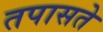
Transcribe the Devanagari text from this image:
तपासते